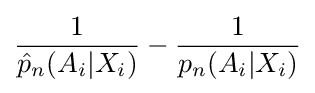
{\frac {1}{{\hat {p}}_{n}(A_{i}|X_{i})}}-{\frac {1}{{p}_{n}(A_{i}|X_{i})}}